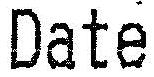
DATE